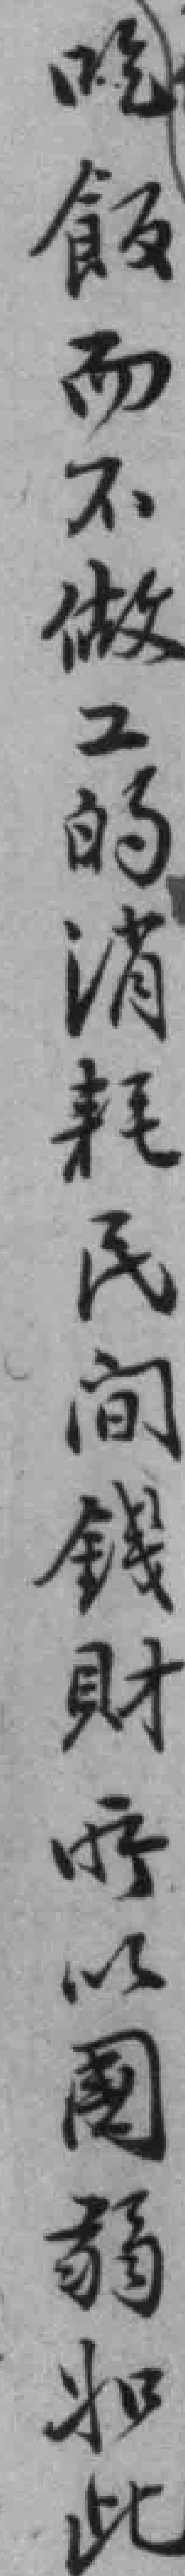
吃飯而不做工的消耗民间钱財所以國弱如此